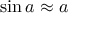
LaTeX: \sin a \approx a